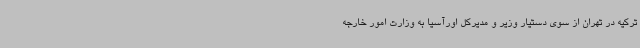
ترکیه در تهران از سوی دستیار وزیر و مدیرکل اورآسیا به وزارت امور خارجه